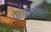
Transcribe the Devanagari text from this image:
पेशवाईमधे